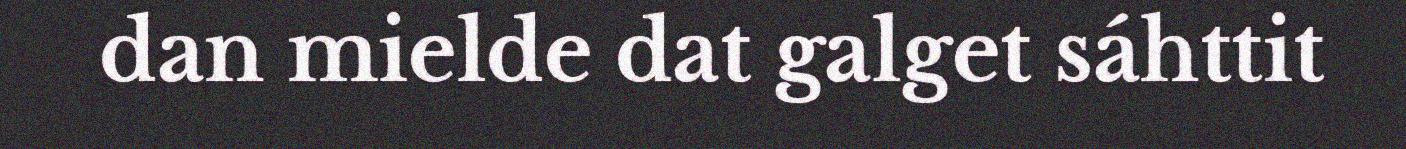
dan mielde dat galget sáhttit